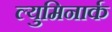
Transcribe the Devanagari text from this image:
ल्युमिनार्क